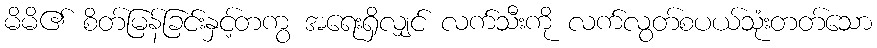
မိမိ၏ စိတ်မြန်ခြင်းနှင့်တကွ အရေးရှိလျှင် လက်သီးကို လက်လွတ်စပယ်သုံးတတ်သော